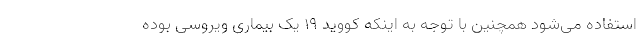
استفاده می‌شود همچنین با توجه به اینکه کووید ۱۹ یک بیماری ویروسی بوده